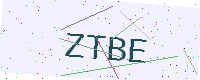
Text: ZTBE